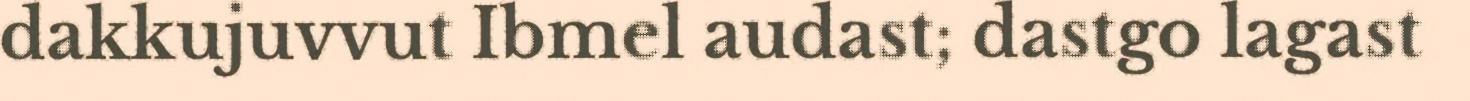
dakkujuvvut Ibmel audast; dastgo lagast